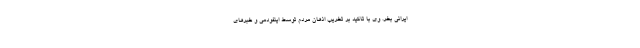
ایرانی بخر. وی با تاکید بر تخریب اذهان مردم توسط اینفودمی و خبرهای